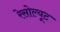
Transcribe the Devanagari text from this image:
रेसोल्यूट